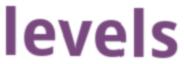
levels